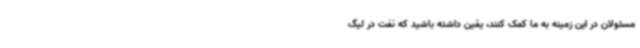
مسئولان در این زمینه به ما کمک کنند، یقین داشته باشید که نفت در لیگ